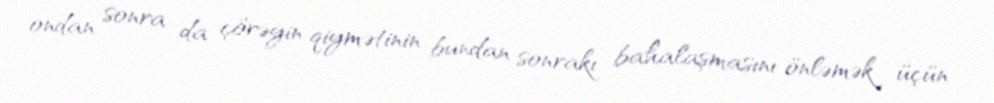
ondan sonra da çörəyin qiymətinin bundan sonrakı bahalaşmasını önləmək üçün